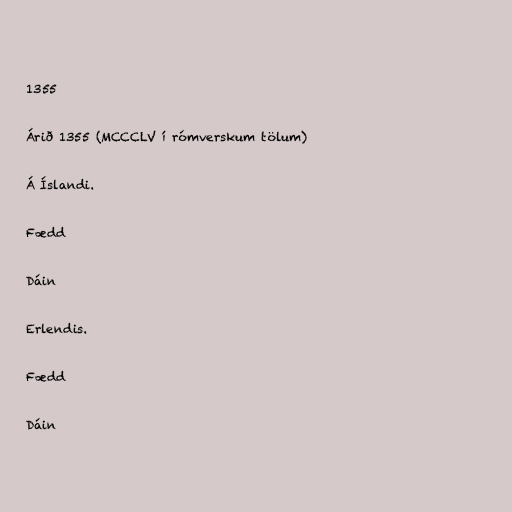
1355

Árið 1355 (MCCCLV í rómverskum tölum)

Á Íslandi.

Fædd

Dáin

Erlendis.

Fædd

Dáin